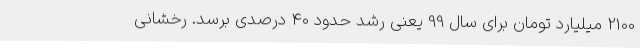
2100 میلیارد تومان برای سال 99 یعنی رشد حدود 40 درصدی برسد. رخشانی